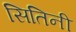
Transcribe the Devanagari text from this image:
सितिनी